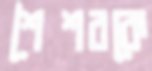
শৈশবকে